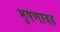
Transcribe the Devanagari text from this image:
भुषणावह